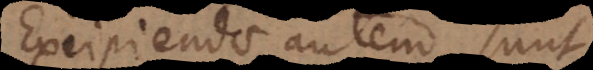
Excipiendae autem sunt